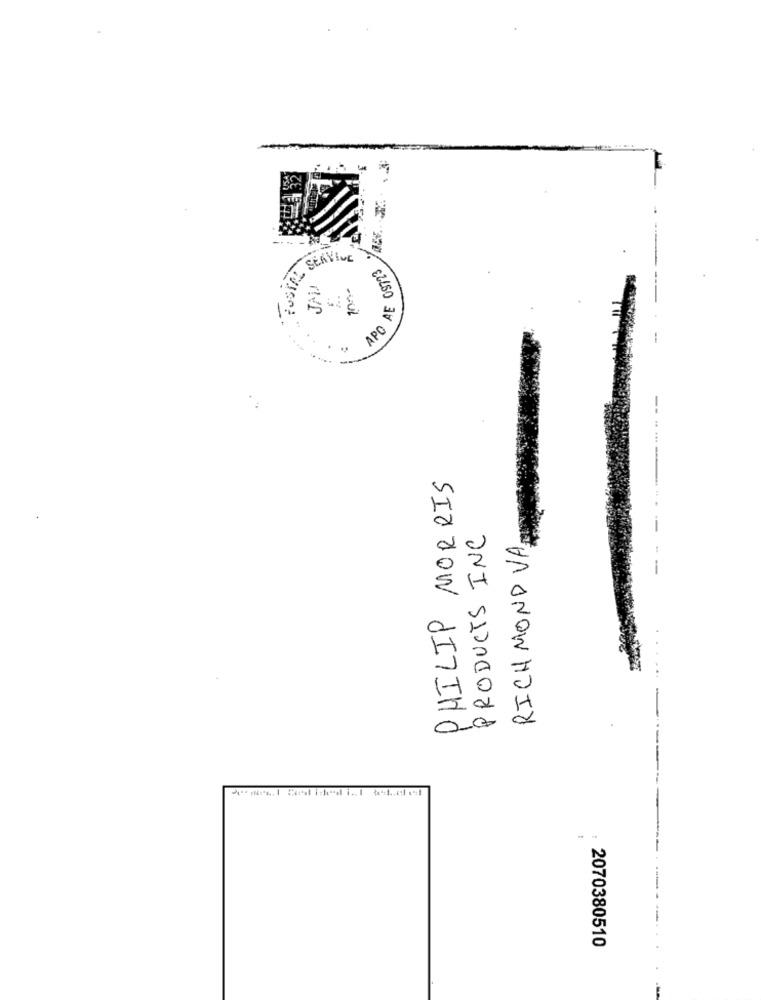
SERVICE
APO A
--
PHILIP MORRIS
PRODUCTS INC
RICHMOND VA
--
2070380510